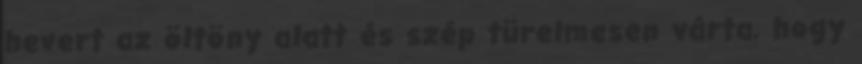
hevert az öltöny alatt és szép türelmesen várta, hogy